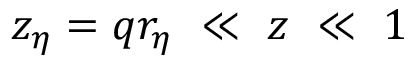
z _ { \eta } = q r _ { \eta } ~ \ll ~ z ~ \ll ~ 1